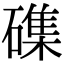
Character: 磼